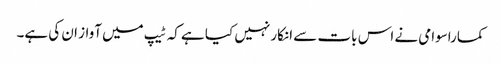
کماراسوامی نے اس بات سے انکار نہیں کیا ہے کہ ٹیپ میں آواز ان کی ہے۔